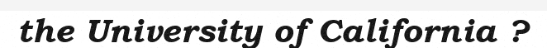
the University of California ?